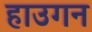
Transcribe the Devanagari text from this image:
हाउगन